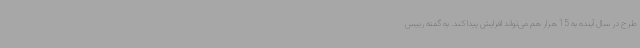
طرح در سال آینده به 15 هزار هم می‌تواند افزایش پیدا کند. به گفته رییس